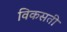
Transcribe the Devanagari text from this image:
विकसती